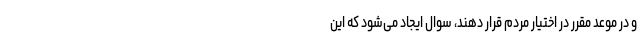
و در موعد مقرر در اختیار مردم قرار دهند، سوال ایجاد می‌شود که این